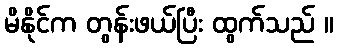
မိနိုင်က တွန်းဖယ်ပြီး ထွက်သည် ။